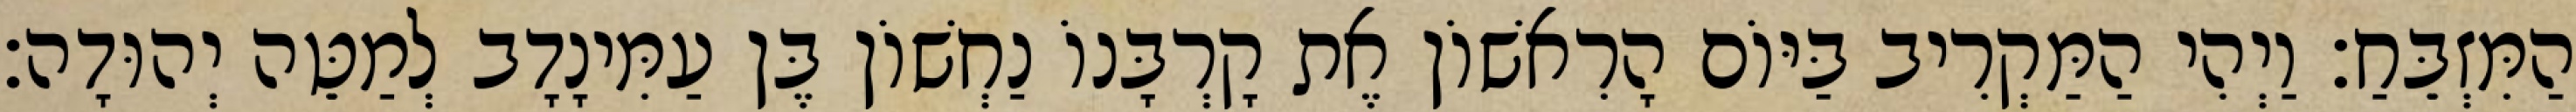
הַמִּזְבֵּחַ׃ וַיְהִי הַמַּקְרִיב בַּיּוֹם הָרִאשׁוֹן אֶת קָרְבָּנוֹ נַחְשׁוֹן בֶּן עַמִּינָדָב לְמַטֵּה יְהוּדָה׃